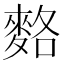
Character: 𪌣